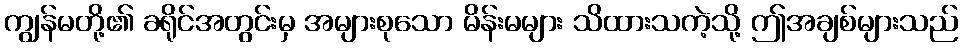
ကျွန်မတို့၏ ခရိုင်အတွင်းမှ အများစုသော မိန်းမများ သိထားသကဲ့သို့ ဤအချစ်များသည်